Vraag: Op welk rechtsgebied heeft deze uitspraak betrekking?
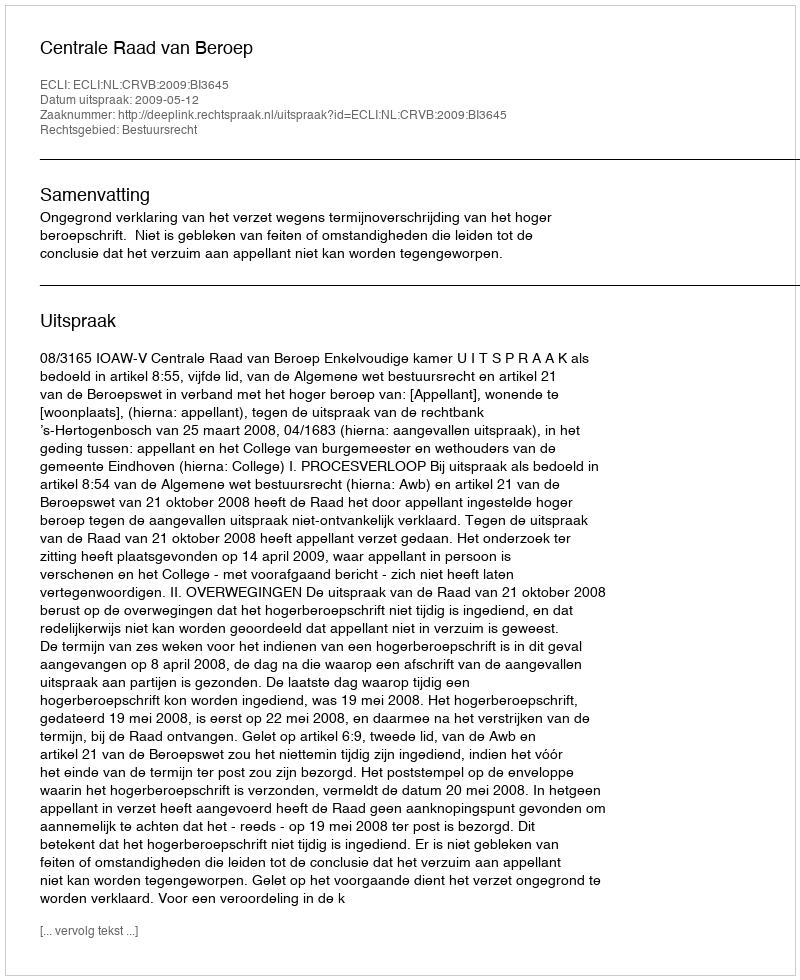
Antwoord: Bestuursrecht